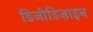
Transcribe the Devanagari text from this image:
डिजीडिज़ाइन